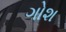
ગોશ